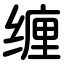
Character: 缠